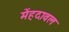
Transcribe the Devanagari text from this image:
मेंहदावल